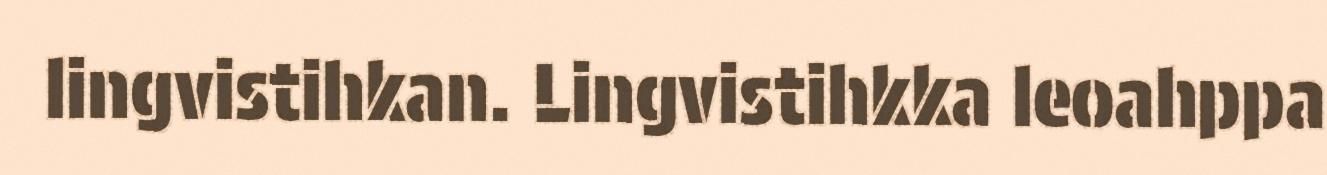
lingvistihkan. Lingvistihkka leoahppa